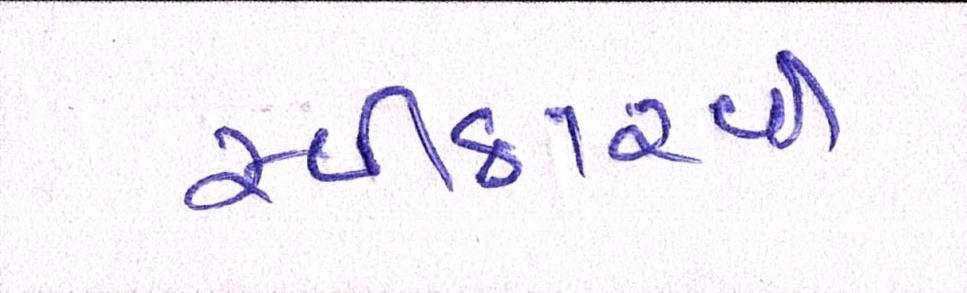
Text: સ્વીકારવી